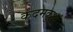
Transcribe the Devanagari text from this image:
कदमकुआं